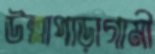
উল্লাপাড়াগামী